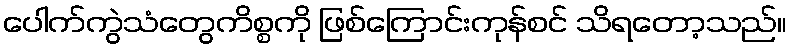
ပေါက်ကွဲသံတွေကိစ္စကို ဖြစ်ကြောင်းကုန်စင် သိရတော့သည်။